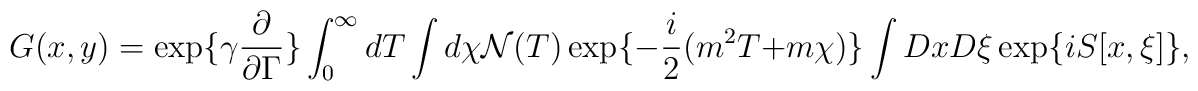
G(x,y)= \exp\{\gamma \frac{\partial}{\partial \Gamma} \}\int_0^\infty dT \int d\chi {\cal N}(T) \exp\{-\frac{i}{2} (m^2 T +m \chi)\}\int Dx D\xi \exp\{i S[x,\xi]\},